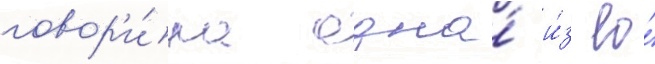
говор'и́ла одна́ и́з ео́